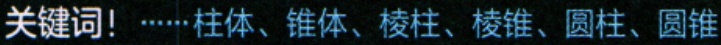
关键词！……柱体、锥体、棱柱、棱锥、圆柱、圆锥